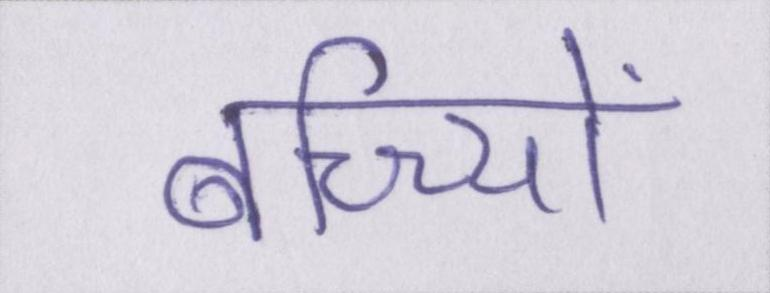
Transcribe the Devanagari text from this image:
बच्च्यिों